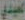
العيدي